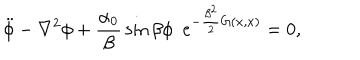
\ddot { \phi } - \nabla ^ { 2 } \phi + { \frac { \alpha _ { 0 } } { \beta } } \sin \beta \phi ~ ~ e ^ { - { \frac { \beta ^ { 2 } } { 2 } } G ( x , x ) } = 0 ,